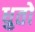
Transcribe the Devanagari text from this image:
धुतो